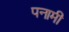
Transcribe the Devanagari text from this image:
पनामी